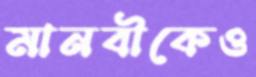
মানবীকেও